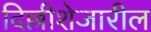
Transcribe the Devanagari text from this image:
दिल्लीशेजारील